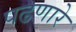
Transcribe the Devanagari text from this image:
पढणारे